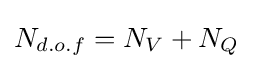
N_{d.o.f}=N_{V}+N_{Q}